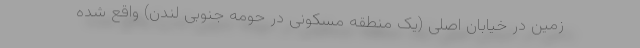
زمین در خیابان اصلی (یک منطقه مسکونی در حومه جنوبی لندن) واقع شده